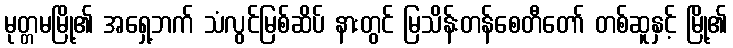
မုတ္တမမြို့၏ အရှေ့ဘက် သံလွင်မြစ်ဆိပ် နားတွင် မြသိန်းတန်စေတီတော် တစ်ဆူနှင့် မြို့၏